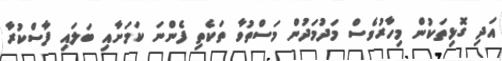
އަދި ގޮޅިތަކުން މިހާރުވެސް މަދުމަދުން މަސްތުވާ ތަކެތި ފެންނަ ކަމަށާއި ބަލައި ފާސްކުރާ